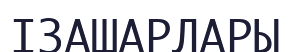
ІЗАШАРЛАРЫ